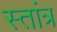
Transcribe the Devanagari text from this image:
स्तांत्र